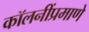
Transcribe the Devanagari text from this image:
कॉलनींप्रमाणे